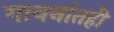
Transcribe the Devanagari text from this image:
गायनांतही